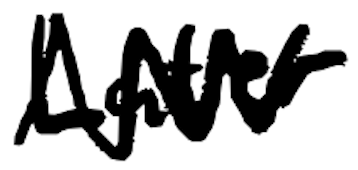
Text: Later
Cross-out: zig-zag
Writing tool: digital_black